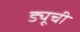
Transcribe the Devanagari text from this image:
ड्यूची